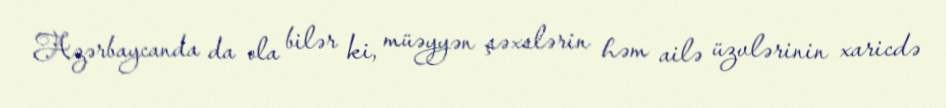
Azərbaycanda da ola bilər ki, müəyyən şəxslərin həm ailə üzvlərinin xaricdə